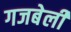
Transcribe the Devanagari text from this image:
गजबेली